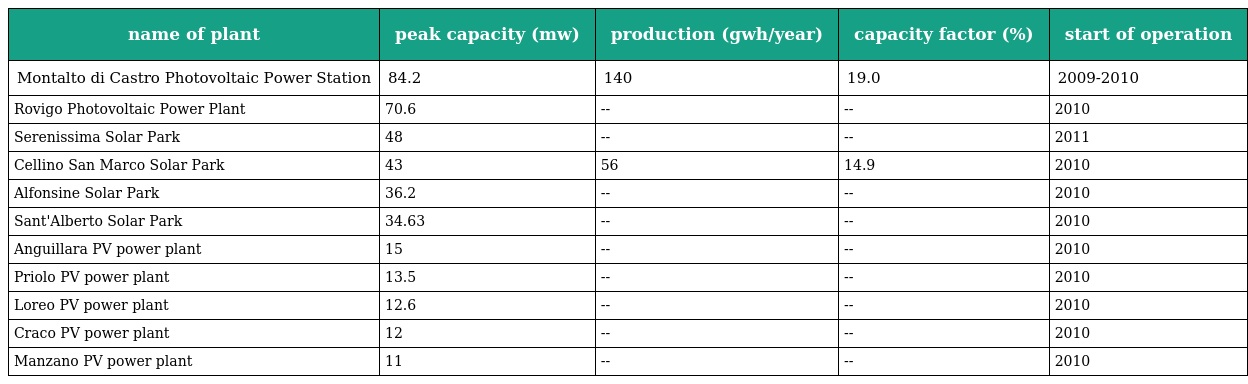
| name of plant | peak capacity (mw) | production (gwh/year) | capacity factor (%) | start of operation |
 | --- | --- | --- | --- | --- |
 | Montalto di Castro Photovoltaic Power Station | 84.2 | 140 | 19.0 | 2009-2010 |
 | Rovigo Photovoltaic Power Plant | 70.6 | -- | -- | 2010 |
 | Serenissima Solar Park | 48 | -- | -- | 2011 |
 | Cellino San Marco Solar Park | 43 | 56 | 14.9 | 2010 |
 | Alfonsine Solar Park | 36.2 | -- | -- | 2010 |
 | Sant'Alberto Solar Park | 34.63 | -- | -- | 2010 |
 | Anguillara PV power plant | 15 | -- | -- | 2010 |
 | Priolo PV power plant | 13.5 | -- | -- | 2010 |
 | Loreo PV power plant | 12.6 | -- | -- | 2010 |
 | Craco PV power plant | 12 | -- | -- | 2010 |
 | Manzano PV power plant | 11 | -- | -- | 2010 |